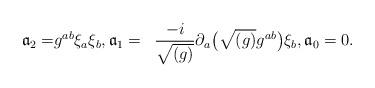
LaTeX: \begin{align*}\begin{aligned}{\mathfrak a}_{2} =& g^{ab} \xi _{a} \xi _{b}, {\mathfrak a}_{1}= & \frac{-i}{\sqrt{(g)}} \partial _{a} \bigl( \sqrt{(g)}g^{ab} \bigr) \xi _{b}, {\mathfrak a}_{0}=0.\end{aligned}\end{align*}